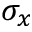
\sigma _ { x }